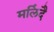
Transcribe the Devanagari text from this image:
मलिंदै